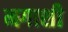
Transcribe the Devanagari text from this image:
मगाशी